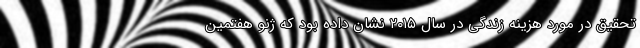
تحقیق در مورد هزینه زندگی در سال ۲۰۱۵ نشان داده بود که ژنو هفتمین